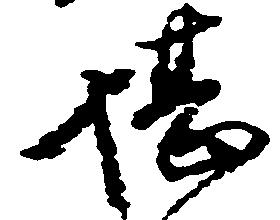
堪